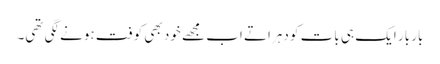
بار بار ایک ہی بات کو دہراتے اب مجھے خود بھی کوفت ہونے لگی تھی۔